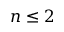
n \leq 2